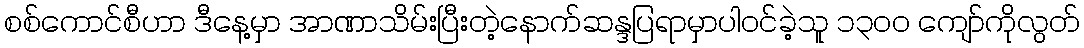
စစ်ကောင်စီဟာ ဒီနေ့မှာ အာဏာသိမ်းပြီးတဲ့နောက်ဆန္ဒပြရာမှာပါဝင်ခဲ့သူ ၁၃ဝဝ ကျော်ကိုလွတ်